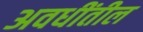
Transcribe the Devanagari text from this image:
अवधींतील